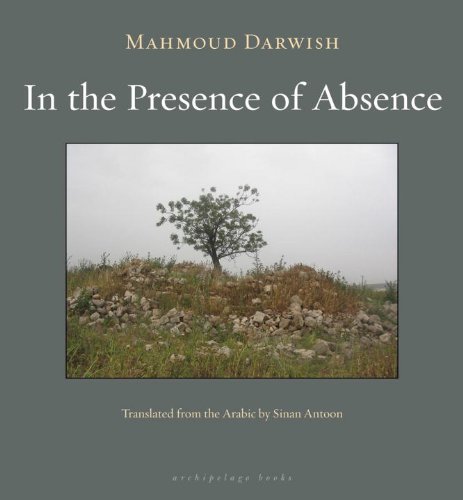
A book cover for In the Presence of Absence; Mahmoud Darwish; Literature & Fiction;